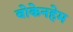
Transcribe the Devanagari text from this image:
बोकेनहेम